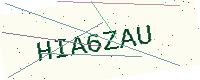
Text: HIA6ZAU